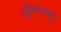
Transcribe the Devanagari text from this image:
अभिनन्दकृत